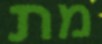
מת